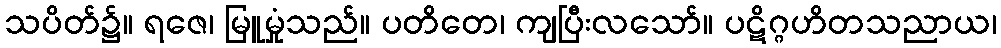
သပိတ်၌။ ရဇေ၊ မြူမှုံသည်။ ပတိတေ၊ ကျပြီးလသော်။ ပဋိဂ္ဂဟိတသညာယ၊